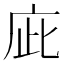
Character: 庛